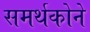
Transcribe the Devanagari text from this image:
समर्थकोने